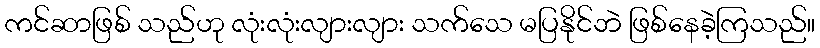
ကင်ဆာဖြစ် သည်ဟု လုံးလုံးလျားလျား သက်သေ မပြနိုင်ဘဲ ဖြစ်နေခဲ့ကြသည်။